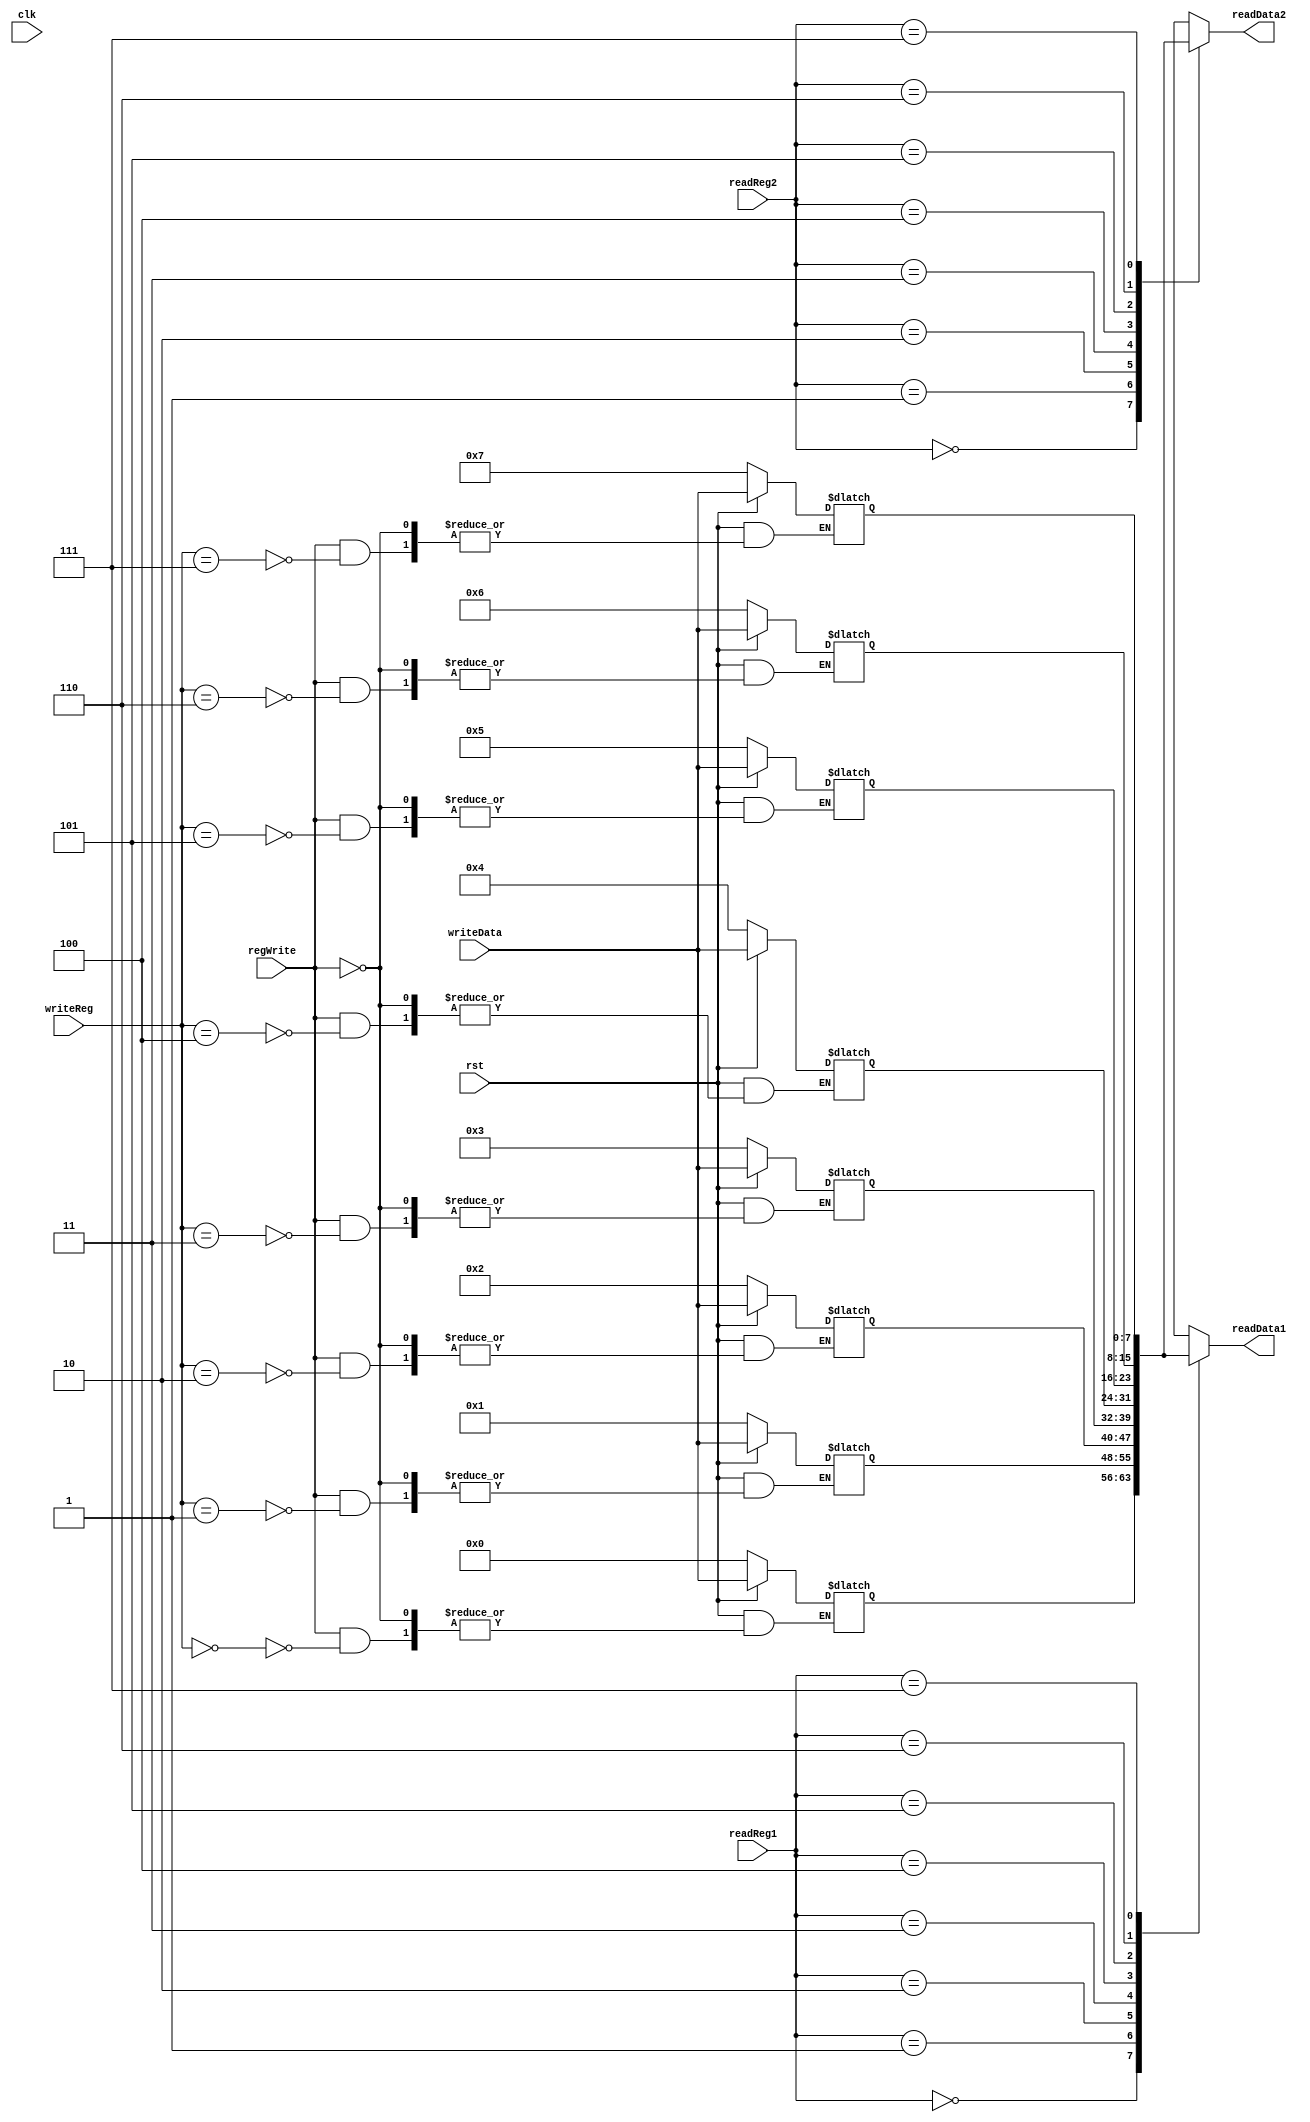
`timescale 1ns / 1ps
//////////////////////////////////////////////////////////////////////////////////
// Company: 
// Engineer: 
// 
// Design Name: 
// Module Name: registerFile
// Project Name: 
// Target Devices: 
// Tool Versions: 
// Description: 
// 
// Dependencies: 
// 
// Revision:
// Revision 0.01 - File Created
// Additional Comments:
// 
//////////////////////////////////////////////////////////////////////////////////


module registerFile(
  input clk,  
  input rst,  
  input [2:0] readReg1, 
  input [2:0] readReg2,
  input [2:0] writeReg,
  input regWrite,
  output reg [7:0] readData1,
  output reg [7:0] readData2,
  input [7:0] writeData
);

reg [7:0] Reg [7:0]; //An array of 8 8bit values
integer i;

always @(*)
  begin
    if(rst == 0)
      begin
        for(i = 0; i < 8; i = i + 1)
          Reg[i] <= i;
      end
    else 
      begin 
        if(regWrite)
          Reg[writeReg] <= writeData;
      end 
  end 

always @(*)
  begin 
    readData1 = Reg[readReg1];
    readData2 = Reg[readReg2];
  end 

endmodule